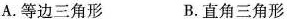
A.等边三角形 B.直角三角形